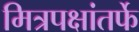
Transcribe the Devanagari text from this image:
मित्रपक्षांतर्फे